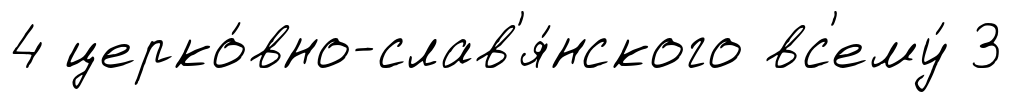
4 церко́вно-слав'я́нского вс'ему́ 3